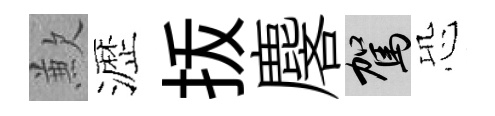
歉瀝㧞麐駕恐